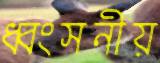
ধ্বংসনীয়